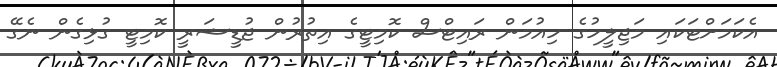
އެކަމަށްޓަކައި މަޖިލީހުގެ ހިއުމަން ރައިޓްސް ކޮމިޓީގެ އިތުރުން ޖުޑީޝަރީ ކޮމިޓީ ގުޅިގެން ނެގޭ